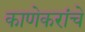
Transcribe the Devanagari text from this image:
काणेकरांचे